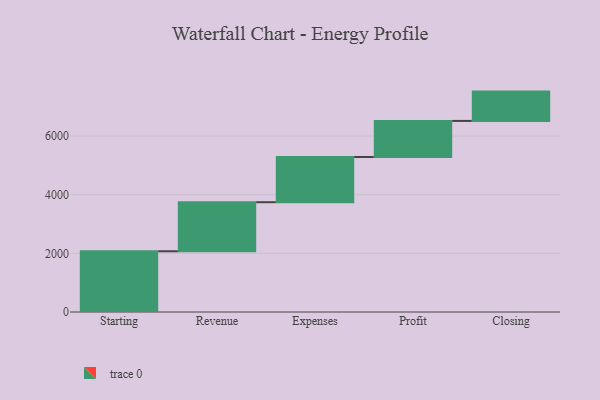
{"axis": {"x": "Step", "y": "Value"}, "legend": [""], "data": [{"x": "Starting", "y": 2071.0, "type": ""}, {"x": "Revenue", "y": 1673.0, "type": ""}, {"x": "Expenses", "y": 1542.0, "type": ""}, {"x": "Profit", "y": 1230.0, "type": ""}, {"x": "Closing", "y": 1000, "type": ""}]}